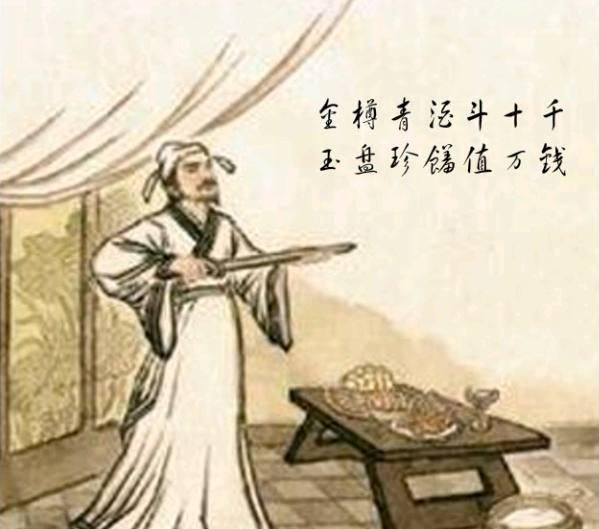
金樽清酒斗十千，玉盘珍羞直万钱。